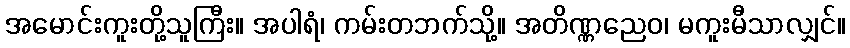
အမောင်းကူးတို့သူကြီး။ အပါရံ၊ ကမ်းတဘက်သို့။ အတိဏ္ဏညေဝ၊ မကူးမီသာလျှင်။